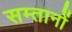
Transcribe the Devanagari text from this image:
सम्तानों